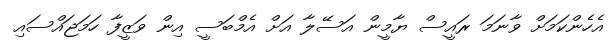
އެހެންކަމަށް ވާނަމަ ރައީސް ޔާމީން އަސޭލާ އަށް އެމްބަސީ އިން ވަޒީފާ ހަމަޖައްސައި